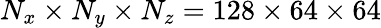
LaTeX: N_{x}\times N_{y}\times N_{z}=128\times 64\times 64